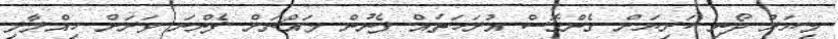
މިޔަރު ދޯނި ކަރިޔަށް ގެންގޮސް އުރަހަތައް ފެނުން މައްޗަށް ފެންނަ ވަރަށް ހިއްލާލި